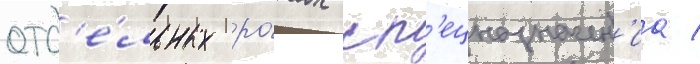
отд'е́льных ро́тах сп'ецназначен'иа /